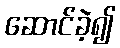
ဆောင်ခဲ့၍